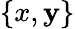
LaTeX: \{ x,\mathbf{y}\}